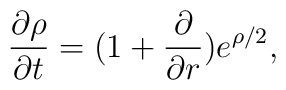
\frac{\partial \rho}{\partial t} = (1+\frac{\partial}{\partial r})e^{\rho /2},